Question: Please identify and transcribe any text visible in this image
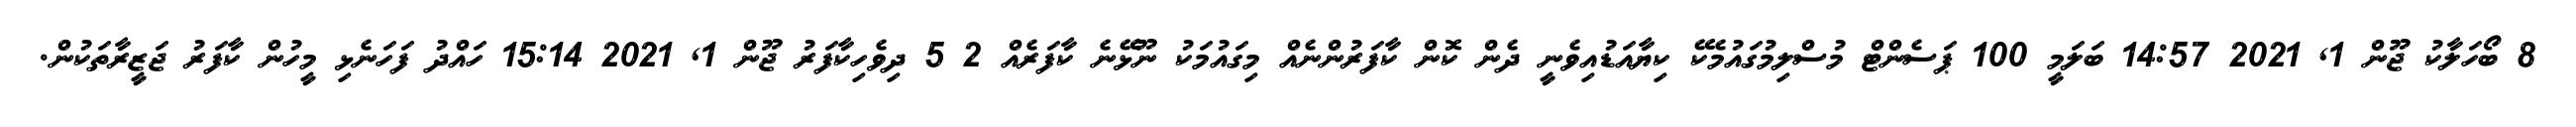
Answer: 8 ބޯހަލާކު ޖޫން 1, 2021 14:57 ބަލަމީ 100 ޕަސެންޓް މުސްލިމުގައުމެކޭ ކިޔާއަޑުއިވެނީ ދެން ކޮން ކާފަރުންނެއް މިގައުމަކު ނޫޅޭނެ ކާފަރެއް 2 5 ދިވެހިކާފަރު ޖޫން 1, 2021 15:14 ހައްދު ފަހަނެޅި މީހުން ކާފަރު ޖަޒީރާތަކުން.